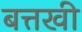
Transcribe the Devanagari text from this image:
बत्तखी